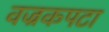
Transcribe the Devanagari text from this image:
वज्रकपटा